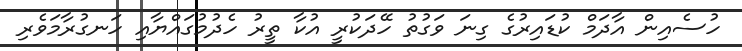
ހުސެއިން އާދަމް ކުޑައިރުގެ ގިނަ ވަގުތު ހޭދަކުރީ އުކާ ތީރު ހެދުމުގައްޔާއި ހަނގުރާމަވެރި